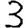
Digit: 3